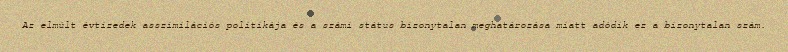
Az elmúlt évtizedek asszimilációs politikája és a számi státus bizonytalan meghatározása miatt adódik ez a bizonytalan szám.